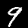
Digit: 9